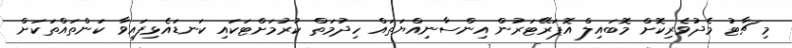
މި ޗާޓު މެދުވެރިކޮށް މޮބައިލް އޮޕަރޭޓަރުން އިންސާނިއްޔަތައް ހިދުމަތް ކުރުމަށްޓަކައި ކަނޑައެޅިފައިވާ ކަންތައްތަކަށް